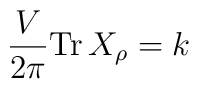
\frac{V}{2\pi}{\rm Tr}\,X_\rho=k